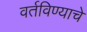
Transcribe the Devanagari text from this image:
वर्तविण्याचे